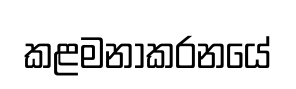
කළමනාකරනයේ